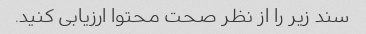
سند زیر را از نظر صحت محتوا ارزیابی کنید.